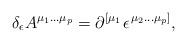
LaTeX: \begin{align*}\delta _\epsilon A^{\mu _1\ldots \mu _p}=\partial ^{\left[ \mu_1\right. }\epsilon ^{\left. \mu _2\ldots \mu _p\right] },\end{align*}